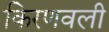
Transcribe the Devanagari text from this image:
किरणवली